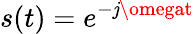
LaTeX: s(t)=e^{-\mathit{j}\omegat}